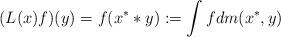
LaTeX: \begin{gather*}(L(x)f)(y)=f(x^**y):=\int f dm(x^*,y)\end{gather*}